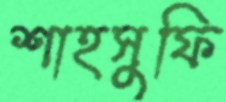
শাহসুফি